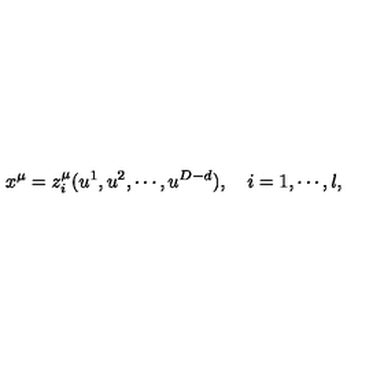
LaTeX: x ^ { \mu } = z _ { i } ^ { \mu } ( u ^ { 1 } , u ^ { 2 } , \cdots , u ^ { D - d } ) , \quad i = 1 , \cdots , l ,